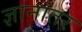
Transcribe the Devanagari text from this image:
ज्ञानांतर